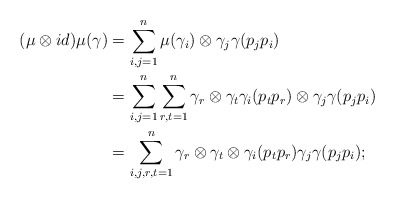
\begin{align*}(\mu \otimes id)\mu (\gamma) &= \sum_{i,j=1}^{n} \mu(\gamma_i) \otimes \gamma_j \gamma(p_jp_i)\\ &= \sum_{i,j=1}^{n} \sum_{r,t=1}^{n} \gamma_r \otimes \gamma_t \gamma_i(p_tp_r) \otimes \gamma_j \gamma(p_jp_i)\\ &= \sum_{i,j,r,t=1}^{n} \gamma_r \otimes \gamma_t \otimes \gamma_i(p_tp_r) \gamma_j \gamma(p_jp_i);\end{align*}